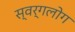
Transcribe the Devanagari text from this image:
स्वर्गलोग